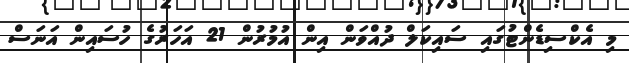
މި އެކްސިޑެންޓުގައި ސައިކަލް ދުއްވަން އިން އުމުރުން 21 އަހަރުގެ ހުސައިން އަނަސް